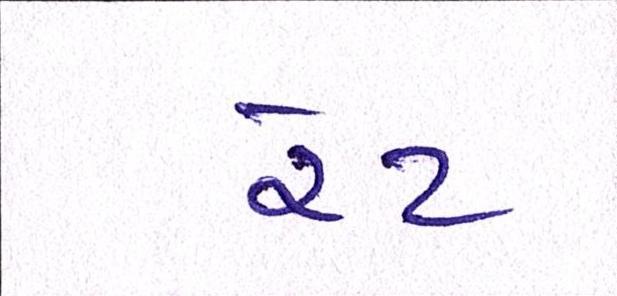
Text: રેટ